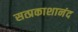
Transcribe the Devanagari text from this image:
सत्प्रकाशानंद